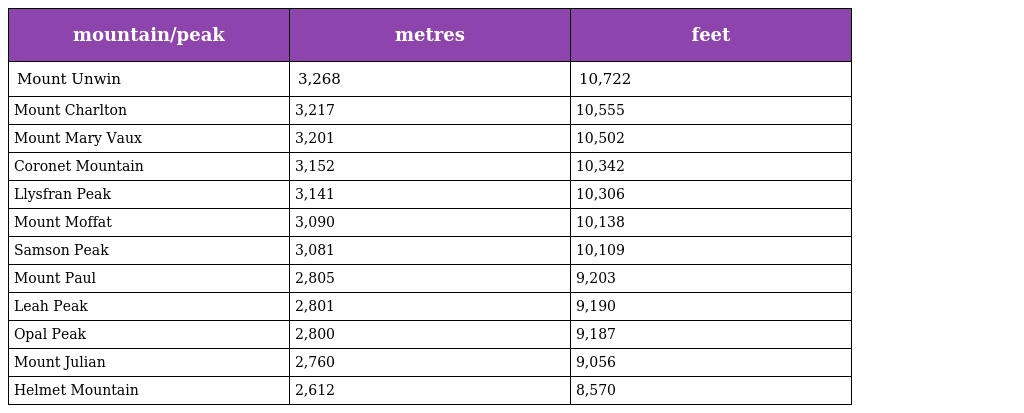
| mountain/peak | metres | feet |
 | --- | --- | --- |
 | Mount Unwin | 3,268 | 10,722 |
 | Mount Charlton | 3,217 | 10,555 |
 | Mount Mary Vaux | 3,201 | 10,502 |
 | Coronet Mountain | 3,152 | 10,342 |
 | Llysfran Peak | 3,141 | 10,306 |
 | Mount Moffat | 3,090 | 10,138 |
 | Samson Peak | 3,081 | 10,109 |
 | Mount Paul | 2,805 | 9,203 |
 | Leah Peak | 2,801 | 9,190 |
 | Opal Peak | 2,800 | 9,187 |
 | Mount Julian | 2,760 | 9,056 |
 | Helmet Mountain | 2,612 | 8,570 |